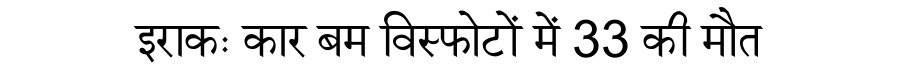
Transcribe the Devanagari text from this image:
इराकः कार बम विस्फोटों में 33 की मौत